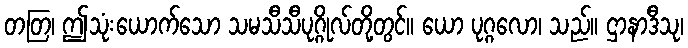
တတြ၊ ဤသုံးယောက်သော သမသီသီပုဂ္ဂိုလ်တို့တွင်။ ယော ပုဂ္ဂလော၊ သည်။ ဌာနာဒီသု၊